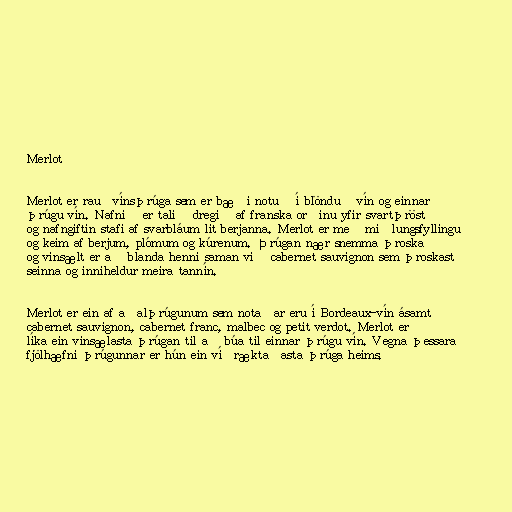
Merlot

Merlot er rauðvínsþrúga sem er bæði notuð í blönduð vín og einnar
þrúgu vín. Nafnið er talið dregið af franska orðinu yfir svartþröst
og nafngiftin stafi af svarbláum lit berjanna. Merlot er með miðlungsfyllingu
og keim af berjum, plómum og kúrenum. Þrúgan nær snemma þroska
og vinsælt er að blanda henni saman við cabernet sauvignon sem þroskast
seinna og inniheldur meira tannín.

Merlot er ein af aðalþrúgunum sem notaðar eru í Bordeaux-vín ásamt
cabernet sauvignon, cabernet franc, malbec og petit verdot. Merlot er
líka ein vinsælasta þrúgan til að búa til einnar þrúgu vín. Vegna þessara
fjölhæfni þrúgunnar er hún ein víðræktaðasta þrúga heims.